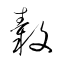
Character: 轂